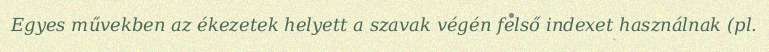
Egyes művekben az ékezetek helyett a szavak végén felső indexet használnak (pl.